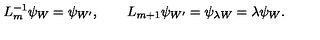
L _ { m } ^ { - 1 } \psi _ { W } = \psi _ { W ^ { \prime } } , \qquad L _ { m + 1 } \psi _ { W ^ { \prime } } = \psi _ { \lambda W } = \lambda \psi _ { W } .